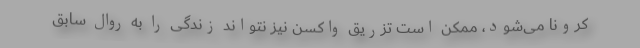
کرونا می‌شود، ممکن است تزریق واکسن نیز نتواند زندگی را به روال سابق